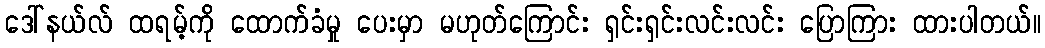
ဒေါ်နယ်လ် ထရမ့်ကို ထောက်ခံမှု ပေးမှာ မဟုတ်ကြောင်း ရှင်းရှင်းလင်းလင်း ပြောကြား ထားပါတယ်။